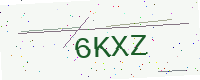
Text: 6KXZ